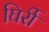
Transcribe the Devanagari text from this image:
घिर्री